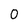
Character: 0